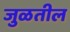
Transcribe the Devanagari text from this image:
जुळतील